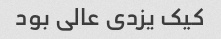
کیک یزدی عالی بود